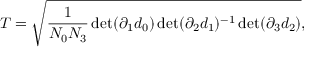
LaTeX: T = \sqrt { \frac { 1 } { N _ { 0 } N _ { 3 } } \operatorname * { d e t } ( \partial _ { 1 } d _ { 0 } ) \operatorname * { d e t } ( \partial _ { 2 } d _ { 1 } ) ^ { - 1 } \operatorname * { d e t } ( \partial _ { 3 } d _ { 2 } ) } ,